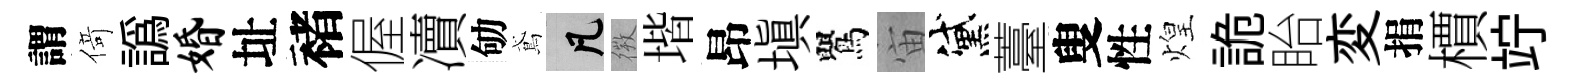
謂𠋣譌婚址褚偓凟劬鳶凡𢕄堦昂塡鸎宙黛薹叟性煌詭眙変捐檟竚